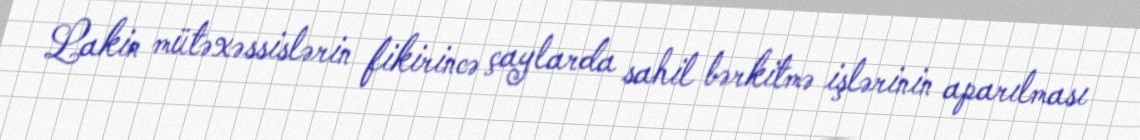
Lakin mütəxəssislərin fikirincə çaylarda sahil bərkitmə işlərinin aparılması